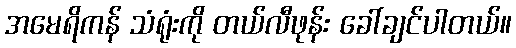
အမေရိကန် သံရုံးကို တယ်လီဖုန်း ခေါ်ချင်ပါတယ်။